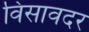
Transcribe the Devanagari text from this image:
विसावदर